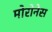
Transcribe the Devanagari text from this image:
मोरोनेस